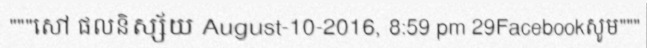
"""សៅ ផលនិស្ស័យ August-10-2016, 8:59 pm 29Facebookសូម"""